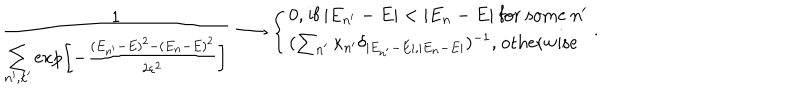
{ \frac { 1 } { \sum _ { n ^ { \prime } , k ^ { \prime } } \exp \! \left[ { - { \frac { ( E _ { n ^ { \prime } } - E ) ^ { 2 } - ( E _ { n } - E ) ^ { 2 } } { 2 \varepsilon ^ { 2 } } } } \right] } } \longrightarrow \left\{ \begin{array} { l } { { 0 \mathrm { , ~ i f ~ } | E _ { n ^ { \prime } } - E | < | E _ { n } - E | \mathrm { ~ f o r ~ s o m e ~ } n ^ { \prime } } } \\ { { ( \sum _ { n ^ { \prime } } \kappa _ { n ^ { \prime } } \delta _ { | E _ { n ^ { \prime } } - E | , | E _ { n } - E | } ) ^ { - 1 } \mathrm { , ~ o t h e r w i s e } } } \\ \end{array} \right. .